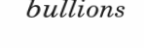
bullions